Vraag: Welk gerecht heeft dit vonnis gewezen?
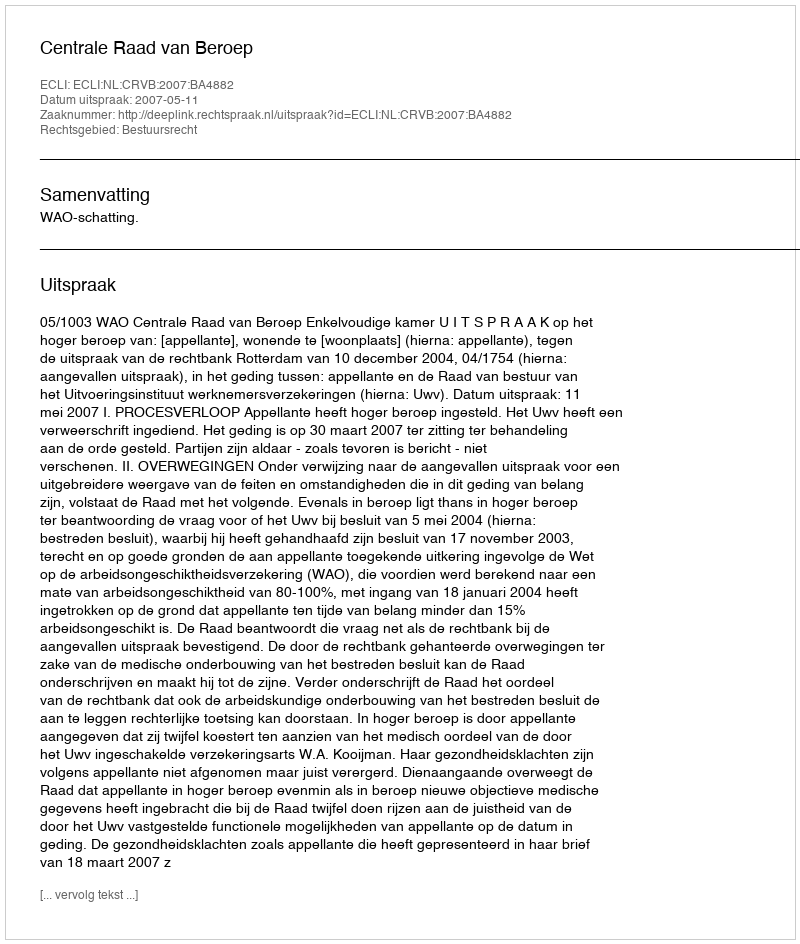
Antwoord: Centrale Raad van Beroep